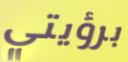
برؤيتي